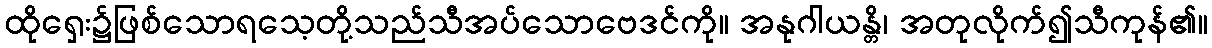
ထိုရှေး၌ဖြစ်သောရသေ့တို့သည်သီအပ်သောဗေဒင်ကို။ အနုဂါယန္တိ၊ အတုလိုက်၍သီကုန်၏။